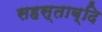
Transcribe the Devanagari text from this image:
सहस्ताब्दि